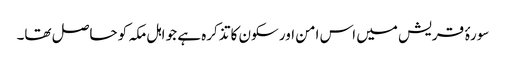
سورۂ قریش میں اس امن اور سکون کا تذکرہ ہے جو اہل مکہ کو حاصل تھا۔